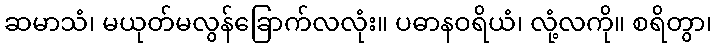
ဆမာသံ၊ မယုတ်မလွန်ခြောက်လလုံး။ ပဓာနဝရိယံ၊ လုံ့လကို။ စရိတွာ၊